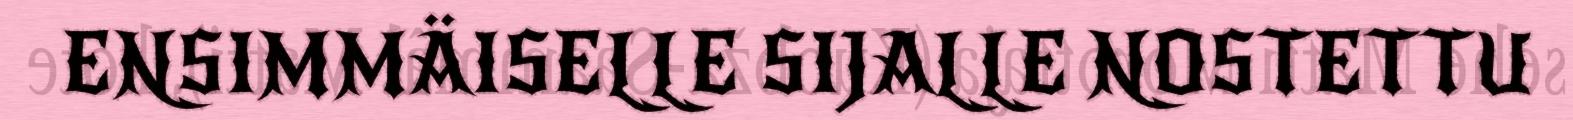
ENSIMMÄISELLE SIJALLE NOSTETTU